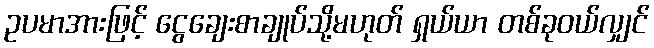
ဥပမာအားဖြင့် ငွေချေးစာချုပ်သို့မဟုတ် ရှယ်ယာ တစ်ခုဝယ်လျှင်